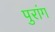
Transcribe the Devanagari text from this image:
पुरांग